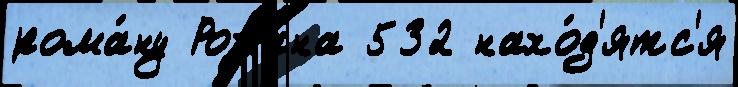
рома́ну Рохана 532 нахо́д'ятс'я